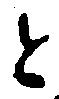
と